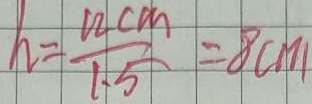
h = \frac { 1 2 c m } { 1 . 5 } = 8 c m